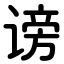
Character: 谤